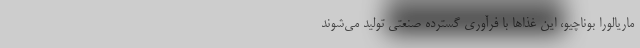
ماریالورا بوناچیو، این غذا‌ها با فرآوری گسترده صنعتی تولید می‌شوند